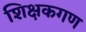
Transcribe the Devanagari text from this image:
शिक्षकगण